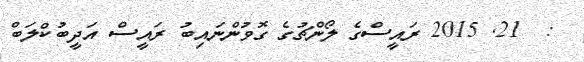
:  21